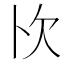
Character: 𭭄